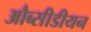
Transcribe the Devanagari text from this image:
औब्सीडीयन